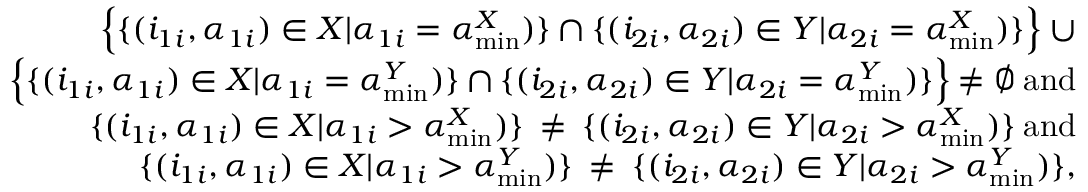
\begin{array} { r } { \Bigl \{ \{ ( i _ { 1 i } , \alpha _ { 1 i } ) \in X | \alpha _ { 1 i } = \alpha _ { \operatorname* { m i n } } ^ { X } ) \} \cap \{ ( i _ { 2 i } , \alpha _ { 2 i } ) \in Y | \alpha _ { 2 i } = \alpha _ { \operatorname* { m i n } } ^ { X } ) \} \Bigl \} \: \cup } \\ { \Bigl \{ \{ ( i _ { 1 i } , \alpha _ { 1 i } ) \in X | \alpha _ { 1 i } = \alpha _ { \operatorname* { m i n } } ^ { Y } ) \} \cap \{ ( i _ { 2 i } , \alpha _ { 2 i } ) \in Y | \alpha _ { 2 i } = \alpha _ { \operatorname* { m i n } } ^ { Y } ) \} \Bigl \} \: \neq \emptyset \: \mathrm { a n d } } \\ { \{ ( i _ { 1 i } , \alpha _ { 1 i } ) \in X | \alpha _ { 1 i } > \alpha _ { \operatorname* { m i n } } ^ { X } ) \} \: \neq \: \{ ( i _ { 2 i } , \alpha _ { 2 i } ) \in Y | \alpha _ { 2 i } > \alpha _ { \operatorname* { m i n } } ^ { X } ) \} \: \mathrm { a n d } } \\ { \{ ( i _ { 1 i } , \alpha _ { 1 i } ) \in X | \alpha _ { 1 i } > \alpha _ { \operatorname* { m i n } } ^ { Y } ) \} \: \neq \: \{ ( i _ { 2 i } , \alpha _ { 2 i } ) \in Y | \alpha _ { 2 i } > \alpha _ { \operatorname* { m i n } } ^ { Y } ) \} , } \end{array}